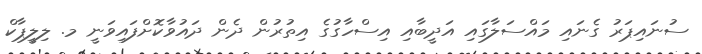
ސުނައިޕަރު ގެނައި މައްސަލާގައި އަދީބާއި އިސްހާގުގެ އިތުރުން ދެން ދައުވާކޮށްފައިވަނީ މ. ލިލީޕާކް